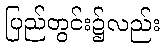
ပြည်တွင်း၌လည်း